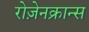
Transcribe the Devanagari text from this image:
रोज़ेनक्रान्स